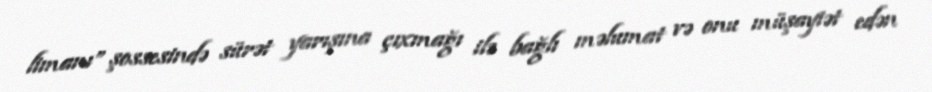
limanı” şossesində sürət yarışına çıxmağı ilə bağlı məlumat və onu müşayiət edən